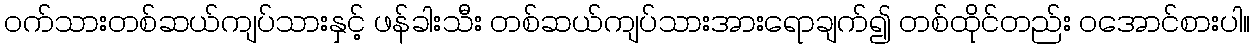
ဝက်သားတစ်ဆယ်ကျပ်သားနှင့် ဖန်ခါးသီး တစ်ဆယ်ကျပ်သားအားရောချက်၍ တစ်ထိုင်တည်း ဝအောင်စားပါ။